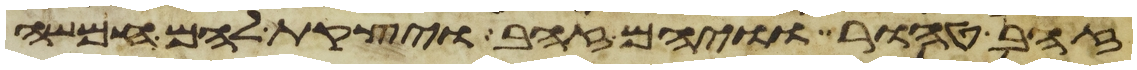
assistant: זהב טהור וויהם זהב ויצקת להם חמשה